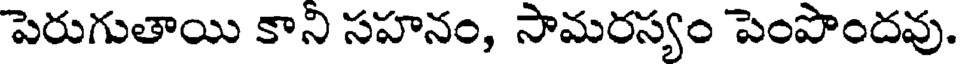
పెరుగుతాయి కాని సహనం, సామరస్యం పెంపొందవు.